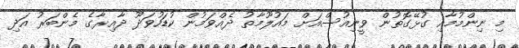
މި ނިންމުމާއި ގުޅޭގޮތުން ވީނިއުސްއަށް މައުލޫމާތު ދެއްވަމުން ކުޑަހުވަދޫ ދާއިރާގެ މެންބަރު އަދި